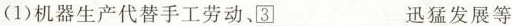
(1)机器生产代替手工劳动、\underline③_迅猛发展等